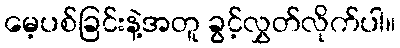
မေ့ပစ်ခြင်းနဲ့အတူ ခွင့်လွှတ်လိုက်ပါ။